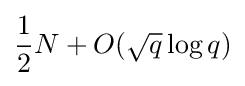
{\frac {1}{2}}N+O({\sqrt {q}}\log q)